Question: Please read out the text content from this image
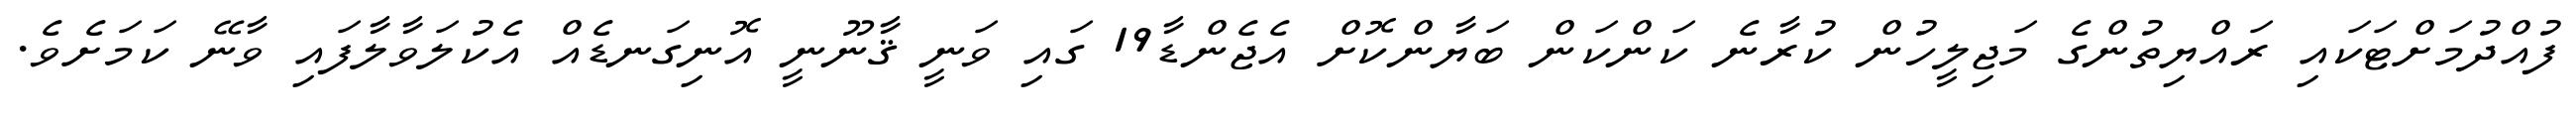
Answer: ފުއްދުމަށްޓަކައި ރައްޔިތުންގެ މަޖިލީހުން ކުރާނެ ކަންކަން ބަޔާންކޮށް އެޖެންޑާ19 ގައި ވަނީ ޤާނޫނީ އޮނިގަނޑެއް އެކުލަވާލާފައި ވާނޭ ކަމަށެވެ.